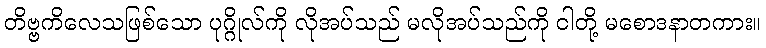
တိဗ္ဗကိလေသဖြစ်သော ပုဂ္ဂိုလ်ကို လိုအပ်သည် မလိုအပ်သည်ကို ငါတို့ မစောဒနာတကား။